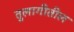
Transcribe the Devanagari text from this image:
तुलागीतील